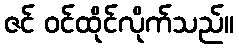
ဇင် ဝင်ထိုင်လိုက်သည်။